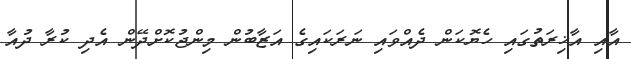
އާއި އާޚިރަތުގައި ހެޔޮކަން ދެއްވައި ނަރަކައިގެ އަޒާބުން މިންޖުކޮށްދޭން އެދި ކުރާ ދުއާ